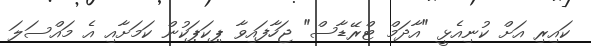
ކައިރި އަށް ކުނިއެޅީ "އާދަމް ޓްރޭޑާސް" ޖަހާފައިވާ ޕިކަޕަކުން ކަމަށާއި އެ މައްސަލަ